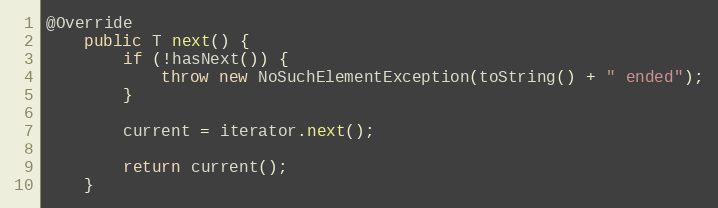
Language: Java
@Override
	public T next() {
		if (!hasNext()) {
			throw new NoSuchElementException(toString() + " ended");
		}

		current = iterator.next();

		return current();
	}